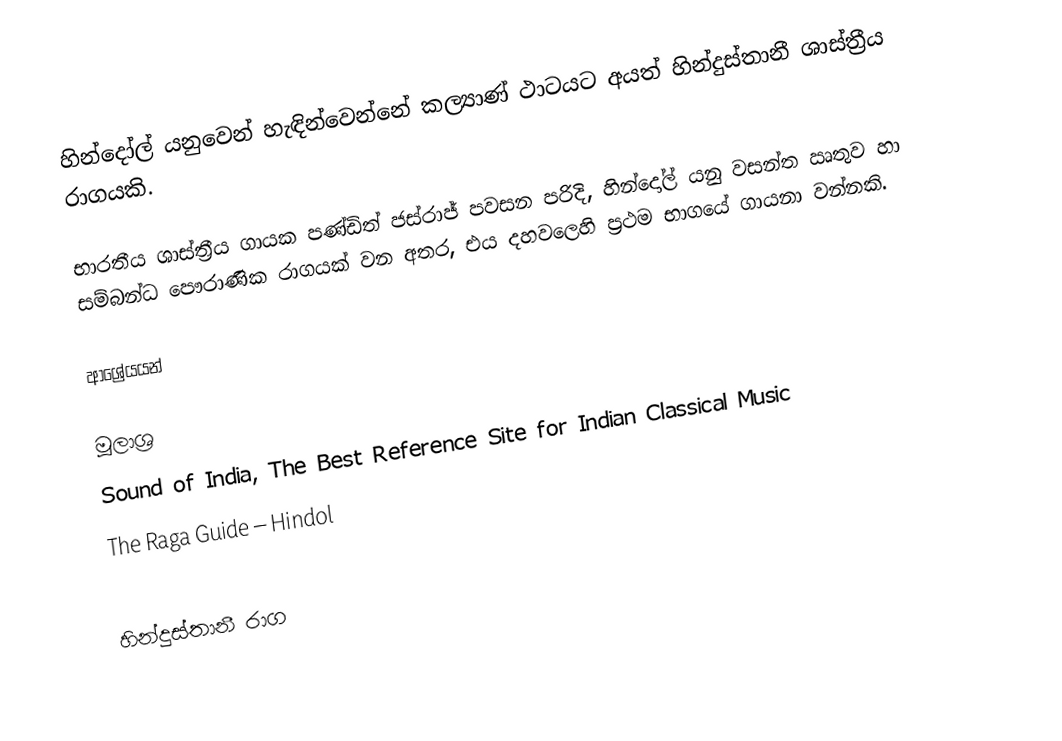
හින්දෝල් යනුවෙන් හැඳින්වෙන්නේ කල්‍යාණ් ථාටයට අයත් හින්දුස්තානී ශාස්ත්‍රීය රාගයකි.

භාරතීය ශාස්ත්‍රීය ගායක පණ්ඩිත් ජස්රාජ් පවසන පරිදි, හින්දෝල් යනු වසන්ත ඍතුව හා සම්බන්ධ පෞරාණික රාගයක් වන අතර, එය දහවලෙහි ප්‍රථම භාගයේ ගායනා වන්නකි.

ආශ්‍රේයයන්

මූලාශ්‍ර
 Sound of India, The Best Reference Site for Indian Classical Music
 The Raga Guide – Hindol

හින්දුස්තානී රාග